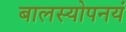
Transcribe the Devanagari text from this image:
बालस्योपनयं